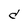
Character: d